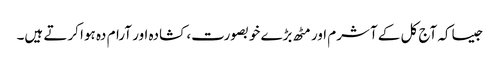
جیساکہ آج کل کے آشرم اور مٹھ بڑے خوبصورت، کشادہ اور آرام دہ ہوا کرتے ہیں۔